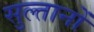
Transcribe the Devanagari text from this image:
सुल्‍तानों